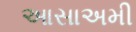
આસાઅમી